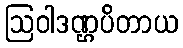
ဩဝါဒဏ္ဌပိတာယ